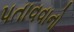
પતાવવાનો